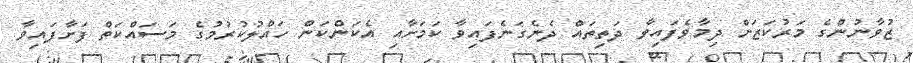
ޒުވާނުންގެ މަރުކަޒަށް ދިމާވެފައިވާ ދަތިތައް ދެނެގަނެފައިވާ ކަމަށާއި އެކަންކަން ހައްލުކުރުމުގެ މަސައްކަތް ފަށާފައިވާ